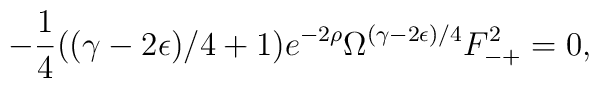
- \frac{1}{4}((\gamma -2\epsilon)/4+1) e^{-2\rho } \Omega^{(\gamma -2\epsilon)/4} F^2_{-+} =0,